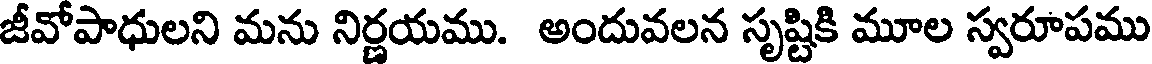
జీవోపాధులని మను నిర్ణయము. అందువలన సృష్టికి మూల స్వరూపము